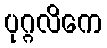
ပုဂ္ဂလိကေ